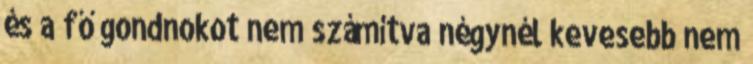
és a fő gondnokot nem számítva négynél kevesebb nem